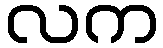
လက